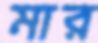
মার